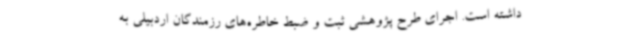
داشته است. اجرای طرح پژوهشی ثبت و ضبط خاطره‌های رزمندگان اردبیلی به